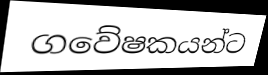
ගවේෂකයන්ට